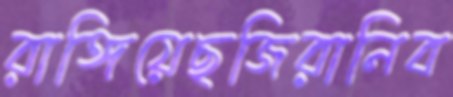
রাঙ্গিয়েছজিরানিব